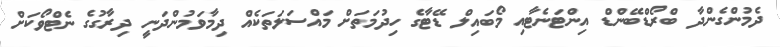
ދެމުންގެންދާ ބްރޯޑްބޭންޑް އިންޓަނެޓާއި މޯބައިލް ޑޭޓާގެ ހިދުމަތަށް މައްސަލަތަކެއް ދިމާވަމުންދަނީ ދިރާގުގެ ނެޓްވޯކަށް